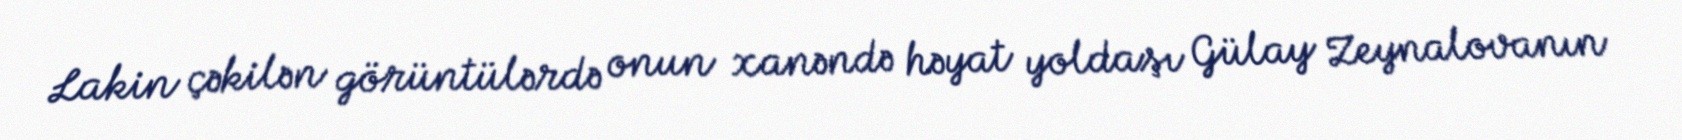
Lakin çəkilən görüntülərdə onun xanəndə həyat yoldaşı Gülay Zeynalovanın